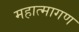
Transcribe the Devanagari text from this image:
महात्मागण